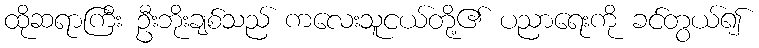
ထိုဆရာကြီး ဦးဘိုးချစ်သည် ကလေးသူငယ်တို့၏ ပညာရေးကို ခင်တွယ်၍